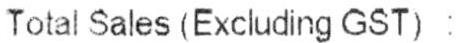
TOTAL SALES (EXCLUDING GST) :